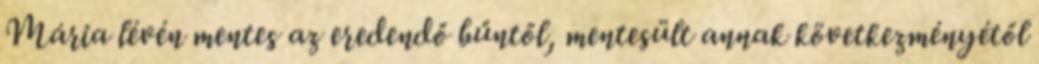
Mária lévén mentes az eredendő bűntől, mentesült annak következményétől